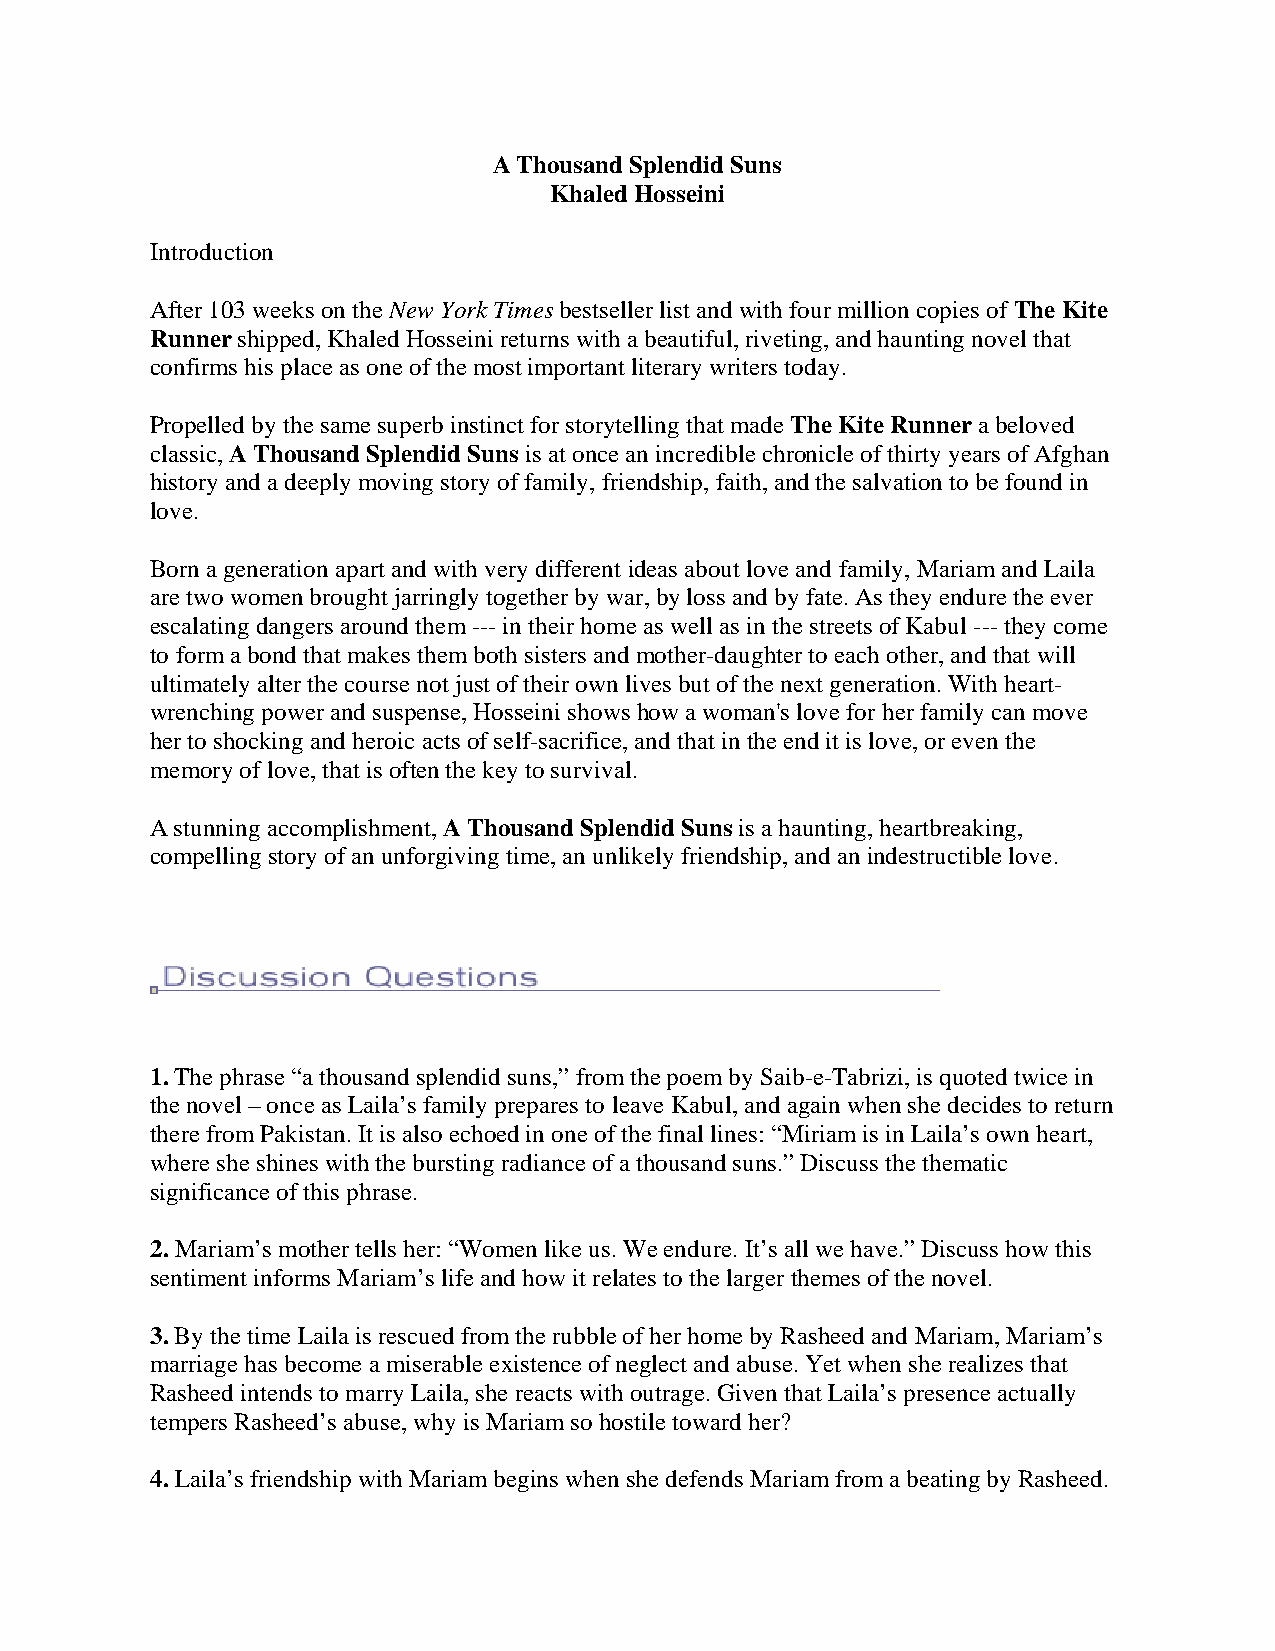
A Thousand Splendid Suns
 Khaled Hosseini
 Introduction
 After 103 weeks on the New York Times bestseller list and with four million copies of The Kite
 Runner shipped, Khaled Hosseini returns with a beautiful, riveting, and haunting novel that
 confirms his place as one of the most important literary writers today.
 Propelled by the same superb instinct for storytelling that made The Kite Runner a beloved
 classic, A Thousand Splendid Suns is at once an incredible chronicle of thirty years of Afghan
 history and a deeply moving story of family, friendship, faith, and the salvation to be found in
 love.
 Born a generation apart and with very different ideas about love and family, Mariam and Laila
 are two women brought jarringly together by war, by loss and by fate. As they endure the ever
 escalating dangers around them --- in their home as well as in the streets of Kabul --- they come
 to form a bond that makes them both sisters and mother-daughter to each other, and that will
 ultimately alter the course not just of their own lives but of the next generation. With heart-
 wrenching power and suspense, Hosseini shows how a woman's love for her family can move
 her to shocking and heroic acts of self-sacrifice, and that in the end it is love, or even the
 memory of love, that is often the key to survival.
 A stunning accomplishment, A Thousand Splendid Suns is a haunting, heartbreaking,
 compelling story of an unforgiving time, an unlikely friendship, and an indestructible love.
 1. The phrase “a thousand splendid suns,” from the poem by Saib-e-Tabrizi, is quoted twice in
 the novel – once as Laila’s family prepares to leave Kabul, and again when she decides to return
 there from Pakistan. It is also echoed in one of the final lines: “Miriam is in Laila’s own heart,
 where she shines with the bursting radiance of a thousand suns.” Discuss the thematic
 significance of this phrase.
 2. Mariam’s mother tells her: “Women like us. We endure. It’s all we have.” Discuss how this
 sentiment informs Mariam’s life and how it relates to the larger themes of the novel.
 3. By the time Laila is rescued from the rubble of her home by Rasheed and Mariam, Mariam’s
 marriage has become a miserable existence of neglect and abuse. Yet when she realizes that
 Rasheed intends to marry Laila, she reacts with outrage. Given that Laila’s presence actually
 tempers Rasheed’s abuse, why is Mariam so hostile toward her?
 4. Laila’s friendship with Mariam begins when she defends Mariam from a beating by Rasheed.